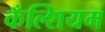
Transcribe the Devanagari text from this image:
कँल्शियम